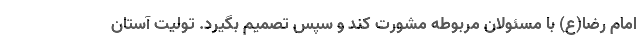
امام رضا(ع) با مسئولان مربوطه مشورت کند و سپس تصمیم بگیرد. تولیت آستان